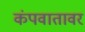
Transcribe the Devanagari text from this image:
कंपवातावर